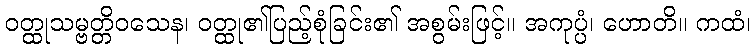
ဝတ္ထုသမ္ဗတ္တိဝသေန၊ ဝတ္ထု၏ပြည့်စုံခြင်း၏ အစွမ်းဖြင့်။ အကုပ္ပံ၊ ဟောတိ။ ကထံ၊